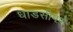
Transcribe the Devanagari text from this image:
धाडसीपणे